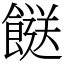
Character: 餸